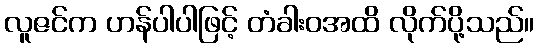
လူဇင်က ဟန်ပါပါဖြင့် တံခါးဝအထိ လိုက်ပို့သည်။